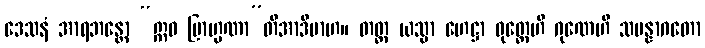
ဒေသနံ အာရဘန္တော “ဣဓ ဗြာဟ္မဏာ”တိအာဒိမာဟ။ တတ္ထ ယသ္မာ ဟေဋ္ဌာ ဝုတ္တေဟိ ဂုဏေဟိ သမန္နာဂတော